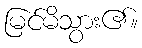
မြင်မိသွား၏။